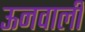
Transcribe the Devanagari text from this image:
ऊनवाली